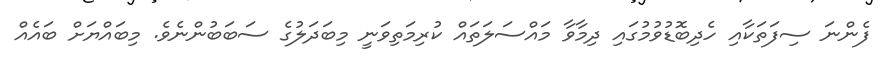
ފެންނަ ސިފަތަކާއި ހެދިބޮޑުވުމުގައި ދިމާވާ މައްސަލަތައް ކުރިމަތިވަނީ މިބަދަލުގެ ސަބަބުންނެވެ. މިބައްޔަށް ބައެއް